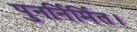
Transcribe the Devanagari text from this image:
पुनर्निर्मित।